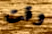
وقت